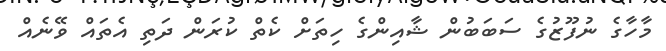
މާހާގެ ނުފޫޒުގެ ސަބަބުން ޝާއިންގެ ހިތަށް ކެތް ކުރަން ދަތި އެތައް ވޭނެއް